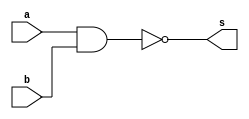
// ------------------------- 
// Exercicio 01 - NAND 
// Nome: Gabriel Benjamim de Carvalho
// ------------------------- 
// ------------------------- 
// -- not gate 
// ------------------------- 
module nandgate (output s, 
input a, input b); 
assign s = ~(a&b); 
endmodule // nandgate 
// ------------------------- 
// -- test not gate 
// ------------------------- 
module testnandgate; 
// ------------------------- dados locais 
reg a; // definir registrador 
// (variavel independente)
reg b; 
wire s; // definir conexao (fio) 
// (variavel dependente ) 
// ------------------------- instancia 
nandgate NAND1 (s, a, b); 
// ------------------------- preparacao 
initial begin:start 
a = 0; // valor inicial 
b = 0;
end 
// ------------------------- parte principal 
initial begin 
$display("Exerccio 1 - Nand Gate - Gabriel Benjamim de Carvalho - 396690"); 
$display("Test Nand gate"); 
$display("\na&b = s\n"); 
a=0; b = 0; 
#1 $display("%b %b = %b", a, b, s); 
a=0; b =1; 
#1 $display("%b %b = %b", a, b, s);
a=1; b = 0; 
#1 $display("%b %b = %b", a, b, s);
a=1; b = 1; 
#1 $display("%b %b = %b", a, b, s); 
end 
endmodule // testnandgate